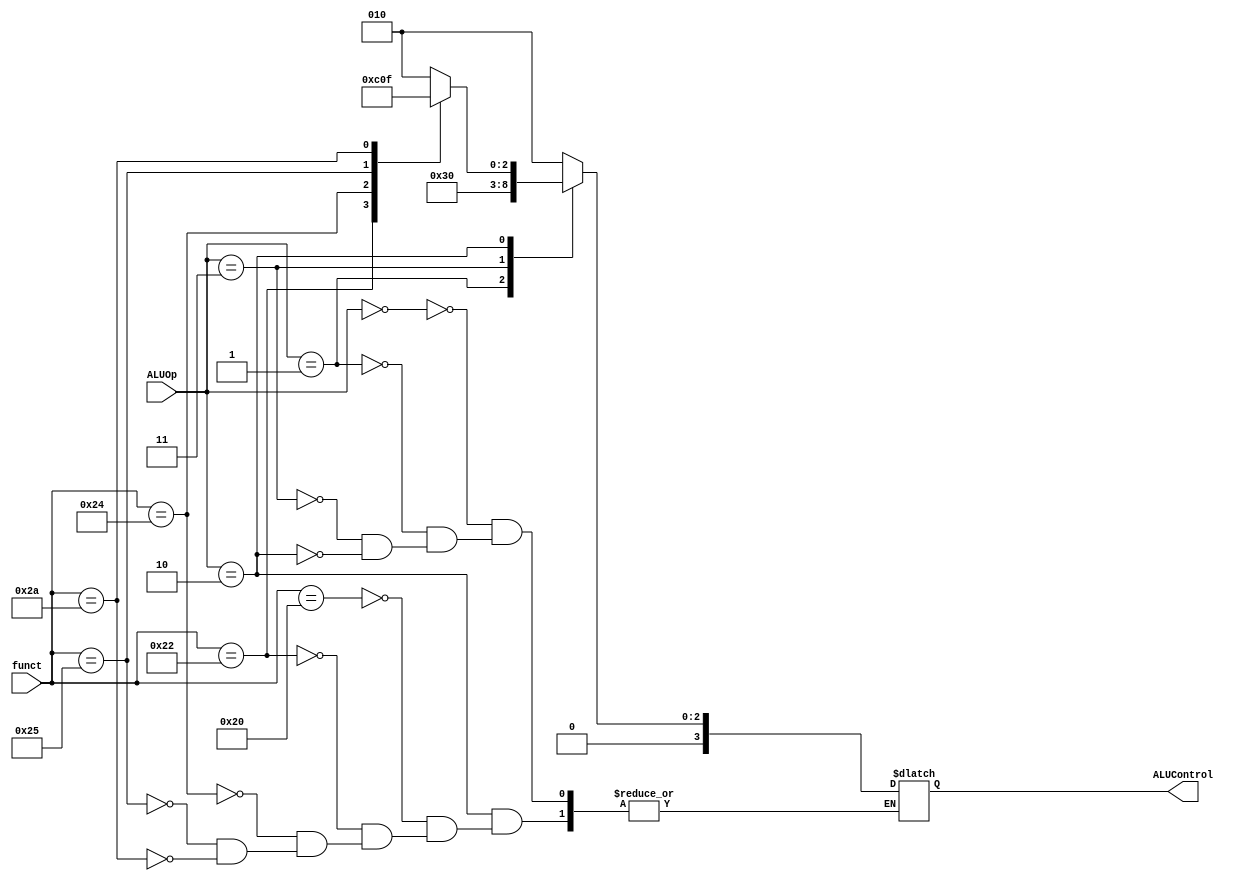
`timescale 1ns / 1ps
//////////////////////////////////////////////////////////////////////////////////
// Company: 
// Engineer: 
// 
// Design Name: 
// Module Name: ALUcontrol
// Project Name: 
// Target Devices: 
// Tool Versions: 
// Description: 
// 
// Dependencies: 
// 
// Revision:
// Revision 0.01 - File Created
// Additional Comments:
// 
//////////////////////////////////////////////////////////////////////////////////


module ALUControl(
input [5:0] funct,
input [1:0] ALUOp,
output reg [3:0] ALUControl);
always @(funct or ALUOp)
begin
    case(ALUOp)
    2'b00: ALUControl <= 4'b0010;
    2'b01: ALUControl <= 4'b0110;
    2'b11: ALUControl <= 4'b0000;
    2'b10:begin
        case(funct)
        6'b100000:ALUControl <= 4'b0010;
        6'b100010:ALUControl <= 4'b0110;
        6'b100100:ALUControl <= 4'b0000;
        6'b100101:ALUControl <= 4'b0001;
        6'b101010:ALUControl <= 4'b0111;
        endcase
    end
    endcase
end
endmodule